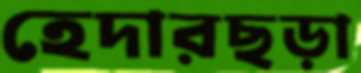
হেদারছড়া